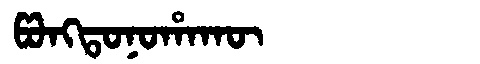
Manchu: ᡦᠣᠩᡨᠣᠨᠣᡥᠠᡴᡡ
Romanization: PONGTONOHAKŪ